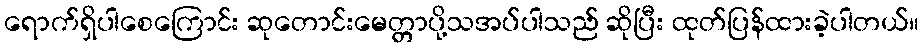
ရောက်ရှိပါစေကြောင်း ဆုတောင်းမေတ္တာပို့သအပ်ပါသည် ဆိုပြီး ထုတ်ပြန်ထားခဲ့ပါတယ်။